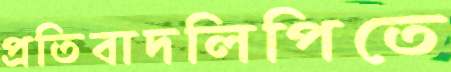
প্রতিবাদলিপিতে